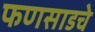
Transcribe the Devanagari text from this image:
फणसाडचे